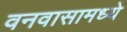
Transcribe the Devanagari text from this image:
वनवासामध्ये